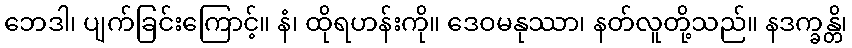
ဘေဒါ၊ ပျက်ခြင်းကြောင့်။ နံ၊ ထိုရဟန်းကို။ ဒေဝမနုဿာ၊ နတ်လူတို့သည်။ နဒက္ခန္တိ၊